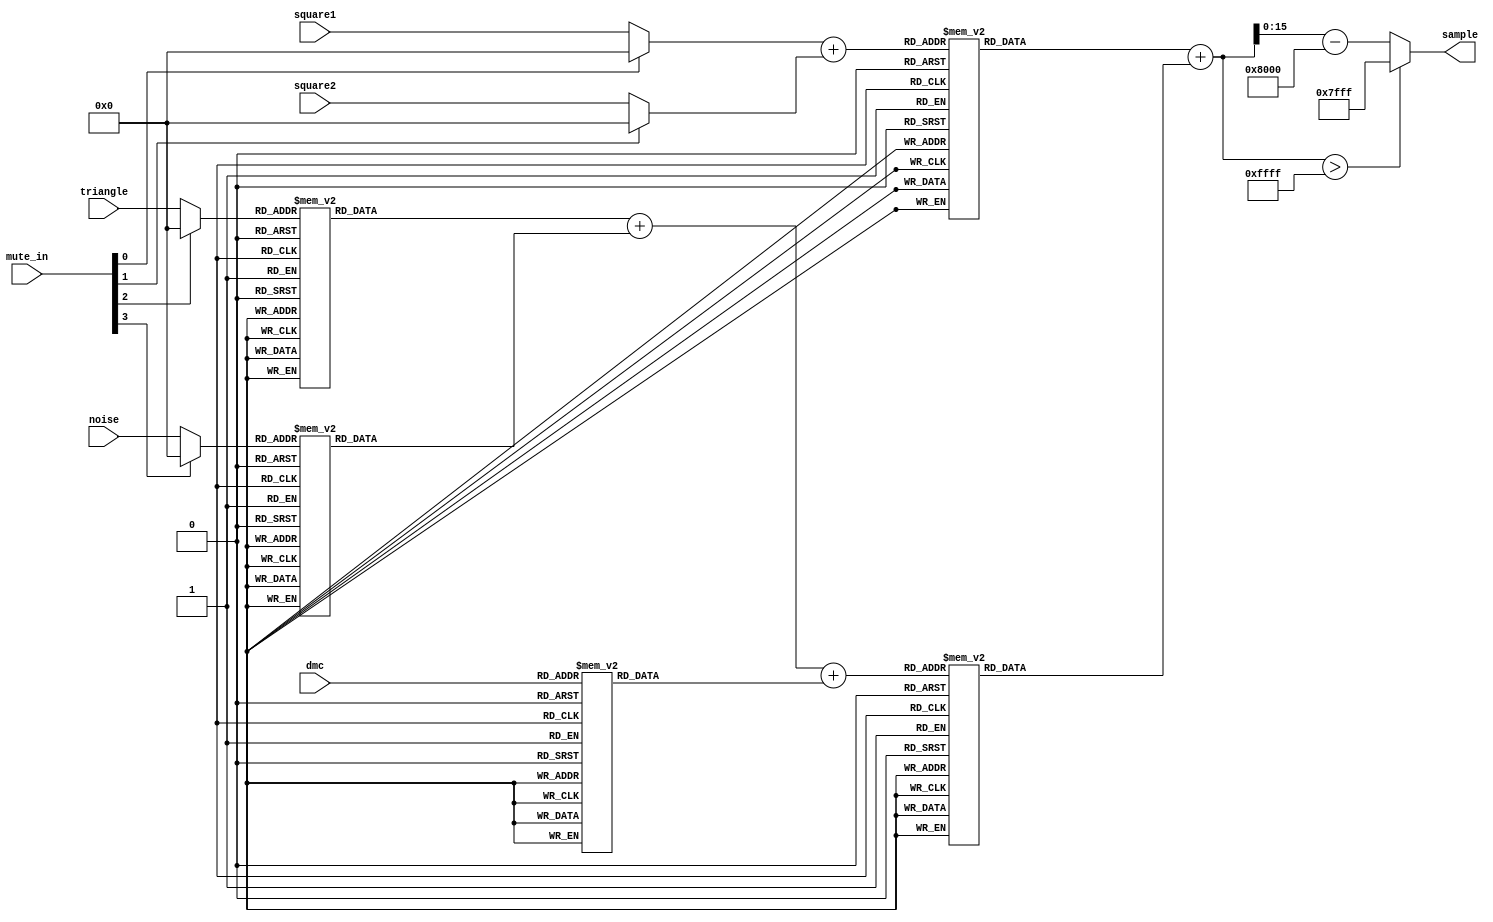
// Based on apu.sv from https://github.com/MiSTer-devel/NES_MiSTer.git

// Copyright (c) 2012-2013 Ludvig Strigeus
// This program is GPL Licensed. See COPYING for the full license.
// Ported to verilog by Skip Hansen, 2019

// http://wiki.nesdev.com/w/index.php/APU_Mixer
// I generated three LUT's for each mix channel entry and one lut for the squares, then a
// 282 entry lut for the mix channel. It's more accurate than the original LUT system listed on
// the NesDev page.

module APUMixer (
  input  wire [3:0] mute_in,      // mute specific channels
  input [3:0] square1,
  input [3:0] square2,
  input [3:0] triangle,
  input [3:0] noise,
  input [6:0] dmc,
  output reg [15:0] sample
);

wire [3:0] square1_m;
wire [3:0] square2_m;
wire [3:0] triangle_m;
wire [3:0] noise_m;
wire [6:0] dmc_m;

assign square1_m = (mute_in[0]) ? 4'h0 : square1;
assign square2_m = (mute_in[1]) ? 4'h0 : square2;
assign triangle_m = (mute_in[2]) ? 4'h0 : triangle;
assign noise_m = (mute_in[3]) ? 4'h0 : noise;

wire [4:0] squares = square1_m + square2_m;

reg [5:0] tri_lookup;
reg [5:0] noise_lookup;
reg [7:0] dmc_lookup;
reg [8:0] mix;
reg [15:0] ch1;
reg [15:0] ch2;
reg [16:0] chan_mix;
reg [16:0] adj_mix;

always @*
  begin
    case (triangle_m)
        5'd0 : tri_lookup = 6'd0;
        5'd1 : tri_lookup = 6'd3;
        5'd2 : tri_lookup = 6'd7;
        5'd3 : tri_lookup = 6'd11;
        5'd4 : tri_lookup = 6'd15;
        5'd5 : tri_lookup = 6'd19;
        5'd6 : tri_lookup = 6'd23;
        5'd7 : tri_lookup = 6'd27;
        5'd8 : tri_lookup = 6'd31;
        5'd9 : tri_lookup = 6'd35;
        5'd10 : tri_lookup = 6'd39;
        5'd11 : tri_lookup = 6'd43;
        5'd12 : tri_lookup = 6'd47;
        5'd13 : tri_lookup = 6'd51;
        5'd14 : tri_lookup = 6'd55;
        5'd15 : tri_lookup = 6'd59;
    endcase

    case (noise_m)
        5'd0 : noise_lookup = 6'd0;
        5'd1 : noise_lookup = 6'd2;
        5'd2 : noise_lookup = 6'd5;
        5'd3 : noise_lookup = 6'd8;
        5'd4 : noise_lookup = 6'd10;
        5'd5 : noise_lookup = 6'd13;
        5'd6 : noise_lookup = 6'd16;
        5'd7 : noise_lookup = 6'd18;
        5'd8 : noise_lookup = 6'd21;
        5'd9 : noise_lookup = 6'd24;
        5'd10 : noise_lookup = 6'd26;
        5'd11 : noise_lookup = 6'd29;
        5'd12 : noise_lookup = 6'd32;
        5'd13 : noise_lookup = 6'd34;
        5'd14 : noise_lookup = 6'd37;
        5'd15 : noise_lookup = 6'd40;
    endcase

    case (dmc)
        8'd0 : dmc_lookup = 8'd0;
        8'd1 : dmc_lookup = 8'd1;
        8'd2 : dmc_lookup = 8'd2;
        8'd3 : dmc_lookup = 8'd4;
        8'd4 : dmc_lookup = 8'd5;
        8'd5 : dmc_lookup = 8'd7;
        8'd6 : dmc_lookup = 8'd8;
        8'd7 : dmc_lookup = 8'd10;
        8'd8 : dmc_lookup = 8'd11;
        8'd9 : dmc_lookup = 8'd13;
        8'd10 : dmc_lookup = 8'd14;
        8'd11 : dmc_lookup = 8'd15;
        8'd12 : dmc_lookup = 8'd17;
        8'd13 : dmc_lookup = 8'd18;
        8'd14 : dmc_lookup = 8'd20;
        8'd15 : dmc_lookup = 8'd21;
        8'd16 : dmc_lookup = 8'd23;
        8'd17 : dmc_lookup = 8'd24;
        8'd18 : dmc_lookup = 8'd26;
        8'd19 : dmc_lookup = 8'd27;
        8'd20 : dmc_lookup = 8'd28;
        8'd21 : dmc_lookup = 8'd30;
        8'd22 : dmc_lookup = 8'd31;
        8'd23 : dmc_lookup = 8'd33;
        8'd24 : dmc_lookup = 8'd34;
        8'd25 : dmc_lookup = 8'd36;
        8'd26 : dmc_lookup = 8'd37;
        8'd27 : dmc_lookup = 8'd39;
        8'd28 : dmc_lookup = 8'd40;
        8'd29 : dmc_lookup = 8'd41;
        8'd30 : dmc_lookup = 8'd43;
        8'd31 : dmc_lookup = 8'd44;
        8'd32 : dmc_lookup = 8'd46;
        8'd33 : dmc_lookup = 8'd47;
        8'd34 : dmc_lookup = 8'd49;
        8'd35 : dmc_lookup = 8'd50;
        8'd36 : dmc_lookup = 8'd52;
        8'd37 : dmc_lookup = 8'd53;
        8'd38 : dmc_lookup = 8'd55;
        8'd39 : dmc_lookup = 8'd56;
        8'd40 : dmc_lookup = 8'd57;
        8'd41 : dmc_lookup = 8'd59;
        8'd42 : dmc_lookup = 8'd60;
        8'd43 : dmc_lookup = 8'd62;
        8'd44 : dmc_lookup = 8'd63;
        8'd45 : dmc_lookup = 8'd65;
        8'd46 : dmc_lookup = 8'd66;
        8'd47 : dmc_lookup = 8'd68;
        8'd48 : dmc_lookup = 8'd69;
        8'd49 : dmc_lookup = 8'd70;
        8'd50 : dmc_lookup = 8'd72;
        8'd51 : dmc_lookup = 8'd73;
        8'd52 : dmc_lookup = 8'd75;
        8'd53 : dmc_lookup = 8'd76;
        8'd54 : dmc_lookup = 8'd78;
        8'd55 : dmc_lookup = 8'd79;
        8'd56 : dmc_lookup = 8'd81;
        8'd57 : dmc_lookup = 8'd82;
        8'd58 : dmc_lookup = 8'd83;
        8'd59 : dmc_lookup = 8'd85;
        8'd60 : dmc_lookup = 8'd86;
        8'd61 : dmc_lookup = 8'd88;
        8'd62 : dmc_lookup = 8'd89;
        8'd63 : dmc_lookup = 8'd91;
        8'd64 : dmc_lookup = 8'd92;
        8'd65 : dmc_lookup = 8'd94;
        8'd66 : dmc_lookup = 8'd95;
        8'd67 : dmc_lookup = 8'd96;
        8'd68 : dmc_lookup = 8'd98;
        8'd69 : dmc_lookup = 8'd99;
        8'd70 : dmc_lookup = 8'd101;
        8'd71 : dmc_lookup = 8'd102;
        8'd72 : dmc_lookup = 8'd104;
        8'd73 : dmc_lookup = 8'd105;
        8'd74 : dmc_lookup = 8'd107;
        8'd75 : dmc_lookup = 8'd108;
        8'd76 : dmc_lookup = 8'd110;
        8'd77 : dmc_lookup = 8'd111;
        8'd78 : dmc_lookup = 8'd112;
        8'd79 : dmc_lookup = 8'd114;
        8'd80 : dmc_lookup = 8'd115;
        8'd81 : dmc_lookup = 8'd117;
        8'd82 : dmc_lookup = 8'd118;
        8'd83 : dmc_lookup = 8'd120;
        8'd84 : dmc_lookup = 8'd121;
        8'd85 : dmc_lookup = 8'd123;
        8'd86 : dmc_lookup = 8'd124;
        8'd87 : dmc_lookup = 8'd125;
        8'd88 : dmc_lookup = 8'd127;
        8'd89 : dmc_lookup = 8'd128;
        8'd90 : dmc_lookup = 8'd130;
        8'd91 : dmc_lookup = 8'd131;
        8'd92 : dmc_lookup = 8'd133;
        8'd93 : dmc_lookup = 8'd134;
        8'd94 : dmc_lookup = 8'd136;
        8'd95 : dmc_lookup = 8'd137;
        8'd96 : dmc_lookup = 8'd138;
        8'd97 : dmc_lookup = 8'd140;
        8'd98 : dmc_lookup = 8'd141;
        8'd99 : dmc_lookup = 8'd143;
        8'd100 : dmc_lookup = 8'd144;
        8'd101 : dmc_lookup = 8'd146;
        8'd102 : dmc_lookup = 8'd147;
        8'd103 : dmc_lookup = 8'd149;
        8'd104 : dmc_lookup = 8'd150;
        8'd105 : dmc_lookup = 8'd151;
        8'd106 : dmc_lookup = 8'd153;
        8'd107 : dmc_lookup = 8'd154;
        8'd108 : dmc_lookup = 8'd156;
        8'd109 : dmc_lookup = 8'd157;
        8'd110 : dmc_lookup = 8'd159;
        8'd111 : dmc_lookup = 8'd160;
        8'd112 : dmc_lookup = 8'd162;
        8'd113 : dmc_lookup = 8'd163;
        8'd114 : dmc_lookup = 8'd165;
        8'd115 : dmc_lookup = 8'd166;
        8'd116 : dmc_lookup = 8'd167;
        8'd117 : dmc_lookup = 8'd169;
        8'd118 : dmc_lookup = 8'd170;
        8'd119 : dmc_lookup = 8'd172;
        8'd120 : dmc_lookup = 8'd173;
        8'd121 : dmc_lookup = 8'd175;
        8'd122 : dmc_lookup = 8'd176;
        8'd123 : dmc_lookup = 8'd178;
        8'd124 : dmc_lookup = 8'd179;
        8'd125 : dmc_lookup = 8'd180;
        8'd126 : dmc_lookup = 8'd182;
        8'd127 : dmc_lookup = 8'd183;
    endcase

    mix = tri_lookup + noise_lookup + dmc_lookup;

    // wire [15:0] ch1 = pulse_lut[squares];
    case (squares)
        6'd0 : ch1 = 16'd0;
        6'd1 : ch1 = 16'd763;
        6'd2 : ch1 = 16'd1509;
        6'd3 : ch1 = 16'd2236;
        6'd4 : ch1 = 16'd2947;
        6'd5 : ch1 = 16'd3641;
        6'd6 : ch1 = 16'd4319;
        6'd7 : ch1 = 16'd4982;
        6'd8 : ch1 = 16'd5630;
        6'd9 : ch1 = 16'd6264;
        6'd10 : ch1 = 16'd6883;
        6'd11 : ch1 = 16'd7490;
        6'd12 : ch1 = 16'd8083;
        6'd13 : ch1 = 16'd8664;
        6'd14 : ch1 = 16'd9232;
        6'd15 : ch1 = 16'd9789;
        6'd16 : ch1 = 16'd10334;
        6'd17 : ch1 = 16'd10868;
        6'd18 : ch1 = 16'd11392;
        6'd19 : ch1 = 16'd11905;
        6'd20 : ch1 = 16'd12408;
        6'd21 : ch1 = 16'd12901;
        6'd22 : ch1 = 16'd13384;
        6'd23 : ch1 = 16'd13858;
        6'd24 : ch1 = 16'd14324;
        6'd25 : ch1 = 16'd14780;
        6'd26 : ch1 = 16'd15228;
        6'd27 : ch1 = 16'd15668;
        6'd28 : ch1 = 16'd16099;
        6'd29 : ch1 = 16'd16523;
        6'd30 : ch1 = 16'd16939;
        6'd31 : ch1 = 16'd17348;
    endcase


    // wire [15:0] ch2 = mix_lut[mix];
    case (mix)
        10'd0 : ch2 = 16'd0;
        10'd1 : ch2 = 16'd318;
        10'd2 : ch2 = 16'd635;
        10'd3 : ch2 = 16'd950;
        10'd4 : ch2 = 16'd1262;
        10'd5 : ch2 = 16'd1573;
        10'd6 : ch2 = 16'd1882;
        10'd7 : ch2 = 16'd2190;
        10'd8 : ch2 = 16'd2495;
        10'd9 : ch2 = 16'd2799;
        10'd10 : ch2 = 16'd3101;
        10'd11 : ch2 = 16'd3401;
        10'd12 : ch2 = 16'd3699;
        10'd13 : ch2 = 16'd3995;
        10'd14 : ch2 = 16'd4290;
        10'd15 : ch2 = 16'd4583;
        10'd16 : ch2 = 16'd4875;
        10'd17 : ch2 = 16'd5164;
        10'd18 : ch2 = 16'd5452;
        10'd19 : ch2 = 16'd5739;
        10'd20 : ch2 = 16'd6023;
        10'd21 : ch2 = 16'd6306;
        10'd22 : ch2 = 16'd6588;
        10'd23 : ch2 = 16'd6868;
        10'd24 : ch2 = 16'd7146;
        10'd25 : ch2 = 16'd7423;
        10'd26 : ch2 = 16'd7698;
        10'd27 : ch2 = 16'd7971;
        10'd28 : ch2 = 16'd8243;
        10'd29 : ch2 = 16'd8514;
        10'd30 : ch2 = 16'd8783;
        10'd31 : ch2 = 16'd9050;
        10'd32 : ch2 = 16'd9316;
        10'd33 : ch2 = 16'd9581;
        10'd34 : ch2 = 16'd9844;
        10'd35 : ch2 = 16'd10105;
        10'd36 : ch2 = 16'd10365;
        10'd37 : ch2 = 16'd10624;
        10'd38 : ch2 = 16'd10881;
        10'd39 : ch2 = 16'd11137;
        10'd40 : ch2 = 16'd11392;
        10'd41 : ch2 = 16'd11645;
        10'd42 : ch2 = 16'd11897;
        10'd43 : ch2 = 16'd12147;
        10'd44 : ch2 = 16'd12396;
        10'd45 : ch2 = 16'd12644;
        10'd46 : ch2 = 16'd12890;
        10'd47 : ch2 = 16'd13135;
        10'd48 : ch2 = 16'd13379;
        10'd49 : ch2 = 16'd13622;
        10'd50 : ch2 = 16'd13863;
        10'd51 : ch2 = 16'd14103;
        10'd52 : ch2 = 16'd14341;
        10'd53 : ch2 = 16'd14579;
        10'd54 : ch2 = 16'd14815;
        10'd55 : ch2 = 16'd15050;
        10'd56 : ch2 = 16'd15284;
        10'd57 : ch2 = 16'd15516;
        10'd58 : ch2 = 16'd15747;
        10'd59 : ch2 = 16'd15978;
        10'd60 : ch2 = 16'd16206;
        10'd61 : ch2 = 16'd16434;
        10'd62 : ch2 = 16'd16661;
        10'd63 : ch2 = 16'd16886;
        10'd64 : ch2 = 16'd17110;
        10'd65 : ch2 = 16'd17333;
        10'd66 : ch2 = 16'd17555;
        10'd67 : ch2 = 16'd17776;
        10'd68 : ch2 = 16'd17996;
        10'd69 : ch2 = 16'd18215;
        10'd70 : ch2 = 16'd18432;
        10'd71 : ch2 = 16'd18649;
        10'd72 : ch2 = 16'd18864;
        10'd73 : ch2 = 16'd19078;
        10'd74 : ch2 = 16'd19291;
        10'd75 : ch2 = 16'd19504;
        10'd76 : ch2 = 16'd19715;
        10'd77 : ch2 = 16'd19925;
        10'd78 : ch2 = 16'd20134;
        10'd79 : ch2 = 16'd20342;
        10'd80 : ch2 = 16'd20549;
        10'd81 : ch2 = 16'd20755;
        10'd82 : ch2 = 16'd20960;
        10'd83 : ch2 = 16'd21163;
        10'd84 : ch2 = 16'd21366;
        10'd85 : ch2 = 16'd21568;
        10'd86 : ch2 = 16'd21769;
        10'd87 : ch2 = 16'd21969;
        10'd88 : ch2 = 16'd22169;
        10'd89 : ch2 = 16'd22367;
        10'd90 : ch2 = 16'd22564;
        10'd91 : ch2 = 16'd22760;
        10'd92 : ch2 = 16'd22955;
        10'd93 : ch2 = 16'd23150;
        10'd94 : ch2 = 16'd23343;
        10'd95 : ch2 = 16'd23536;
        10'd96 : ch2 = 16'd23727;
        10'd97 : ch2 = 16'd23918;
        10'd98 : ch2 = 16'd24108;
        10'd99 : ch2 = 16'd24297;
        10'd100 : ch2 = 16'd24485;
        10'd101 : ch2 = 16'd24672;
        10'd102 : ch2 = 16'd24858;
        10'd103 : ch2 = 16'd25044;
        10'd104 : ch2 = 16'd25228;
        10'd105 : ch2 = 16'd25412;
        10'd106 : ch2 = 16'd25595;
        10'd107 : ch2 = 16'd25777;
        10'd108 : ch2 = 16'd25958;
        10'd109 : ch2 = 16'd26138;
        10'd110 : ch2 = 16'd26318;
        10'd111 : ch2 = 16'd26497;
        10'd112 : ch2 = 16'd26674;
        10'd113 : ch2 = 16'd26852;
        10'd114 : ch2 = 16'd27028;
        10'd115 : ch2 = 16'd27203;
        10'd116 : ch2 = 16'd27378;
        10'd117 : ch2 = 16'd27552;
        10'd118 : ch2 = 16'd27725;
        10'd119 : ch2 = 16'd27898;
        10'd120 : ch2 = 16'd28069;
        10'd121 : ch2 = 16'd28240;
        10'd122 : ch2 = 16'd28410;
        10'd123 : ch2 = 16'd28579;
        10'd124 : ch2 = 16'd28748;
        10'd125 : ch2 = 16'd28916;
        10'd126 : ch2 = 16'd29083;
        10'd127 : ch2 = 16'd29249;
        10'd128 : ch2 = 16'd29415;
        10'd129 : ch2 = 16'd29580;
        10'd130 : ch2 = 16'd29744;
        10'd131 : ch2 = 16'd29907;
        10'd132 : ch2 = 16'd30070;
        10'd133 : ch2 = 16'd30232;
        10'd134 : ch2 = 16'd30393;
        10'd135 : ch2 = 16'd30554;
        10'd136 : ch2 = 16'd30714;
        10'd137 : ch2 = 16'd30873;
        10'd138 : ch2 = 16'd31032;
        10'd139 : ch2 = 16'd31190;
        10'd140 : ch2 = 16'd31347;
        10'd141 : ch2 = 16'd31503;
        10'd142 : ch2 = 16'd31659;
        10'd143 : ch2 = 16'd31815;
        10'd144 : ch2 = 16'd31969;
        10'd145 : ch2 = 16'd32123;
        10'd146 : ch2 = 16'd32276;
        10'd147 : ch2 = 16'd32429;
        10'd148 : ch2 = 16'd32581;
        10'd149 : ch2 = 16'd32732;
        10'd150 : ch2 = 16'd32883;
        10'd151 : ch2 = 16'd33033;
        10'd152 : ch2 = 16'd33182;
        10'd153 : ch2 = 16'd33331;
        10'd154 : ch2 = 16'd33479;
        10'd155 : ch2 = 16'd33627;
        10'd156 : ch2 = 16'd33774;
        10'd157 : ch2 = 16'd33920;
        10'd158 : ch2 = 16'd34066;
        10'd159 : ch2 = 16'd34211;
        10'd160 : ch2 = 16'd34356;
        10'd161 : ch2 = 16'd34500;
        10'd162 : ch2 = 16'd34643;
        10'd163 : ch2 = 16'd34786;
        10'd164 : ch2 = 16'd34928;
        10'd165 : ch2 = 16'd35070;
        10'd166 : ch2 = 16'd35211;
        10'd167 : ch2 = 16'd35352;
        10'd168 : ch2 = 16'd35492;
        10'd169 : ch2 = 16'd35631;
        10'd170 : ch2 = 16'd35770;
        10'd171 : ch2 = 16'd35908;
        10'd172 : ch2 = 16'd36046;
        10'd173 : ch2 = 16'd36183;
        10'd174 : ch2 = 16'd36319;
        10'd175 : ch2 = 16'd36456;
        10'd176 : ch2 = 16'd36591;
        10'd177 : ch2 = 16'd36726;
        10'd178 : ch2 = 16'd36860;
        10'd179 : ch2 = 16'd36994;
        10'd180 : ch2 = 16'd37128;
        10'd181 : ch2 = 16'd37261;
        10'd182 : ch2 = 16'd37393;
        10'd183 : ch2 = 16'd37525;
        10'd184 : ch2 = 16'd37656;
        10'd185 : ch2 = 16'd37787;
        10'd186 : ch2 = 16'd37917;
        10'd187 : ch2 = 16'd38047;
        10'd188 : ch2 = 16'd38176;
        10'd189 : ch2 = 16'd38305;
        10'd190 : ch2 = 16'd38433;
        10'd191 : ch2 = 16'd38561;
        10'd192 : ch2 = 16'd38689;
        10'd193 : ch2 = 16'd38815;
        10'd194 : ch2 = 16'd38942;
        10'd195 : ch2 = 16'd39068;
        10'd196 : ch2 = 16'd39193;
        10'd197 : ch2 = 16'd39318;
        10'd198 : ch2 = 16'd39442;
        10'd199 : ch2 = 16'd39566;
        10'd200 : ch2 = 16'd39690;
        10'd201 : ch2 = 16'd39813;
        10'd202 : ch2 = 16'd39935;
        10'd203 : ch2 = 16'd40057;
        10'd204 : ch2 = 16'd40179;
        10'd205 : ch2 = 16'd40300;
        10'd206 : ch2 = 16'd40421;
        10'd207 : ch2 = 16'd40541;
        10'd208 : ch2 = 16'd40661;
        10'd209 : ch2 = 16'd40780;
        10'd210 : ch2 = 16'd40899;
        10'd211 : ch2 = 16'd41017;
        10'd212 : ch2 = 16'd41136;
        10'd213 : ch2 = 16'd41253;
        10'd214 : ch2 = 16'd41370;
        10'd215 : ch2 = 16'd41487;
        10'd216 : ch2 = 16'd41603;
        10'd217 : ch2 = 16'd41719;
        10'd218 : ch2 = 16'd41835;
        10'd219 : ch2 = 16'd41950;
        10'd220 : ch2 = 16'd42064;
        10'd221 : ch2 = 16'd42178;
        10'd222 : ch2 = 16'd42292;
        10'd223 : ch2 = 16'd42406;
        10'd224 : ch2 = 16'd42519;
        10'd225 : ch2 = 16'd42631;
        10'd226 : ch2 = 16'd42743;
        10'd227 : ch2 = 16'd42855;
        10'd228 : ch2 = 16'd42966;
        10'd229 : ch2 = 16'd43077;
        10'd230 : ch2 = 16'd43188;
        10'd231 : ch2 = 16'd43298;
        10'd232 : ch2 = 16'd43408;
        10'd233 : ch2 = 16'd43517;
        10'd234 : ch2 = 16'd43626;
        10'd235 : ch2 = 16'd43735;
        10'd236 : ch2 = 16'd43843;
        10'd237 : ch2 = 16'd43951;
        10'd238 : ch2 = 16'd44058;
        10'd239 : ch2 = 16'd44165;
        10'd240 : ch2 = 16'd44272;
        10'd241 : ch2 = 16'd44378;
        10'd242 : ch2 = 16'd44484;
        10'd243 : ch2 = 16'd44589;
        10'd244 : ch2 = 16'd44695;
        10'd245 : ch2 = 16'd44799;
        10'd246 : ch2 = 16'd44904;
        10'd247 : ch2 = 16'd45008;
        10'd248 : ch2 = 16'd45112;
        10'd249 : ch2 = 16'd45215;
        10'd250 : ch2 = 16'd45318;
        10'd251 : ch2 = 16'd45421;
        10'd252 : ch2 = 16'd45523;
        10'd253 : ch2 = 16'd45625;
        10'd254 : ch2 = 16'd45726;
        10'd255 : ch2 = 16'd45828;
        10'd256 : ch2 = 16'd45929;
        10'd257 : ch2 = 16'd46029;
        10'd258 : ch2 = 16'd46129;
        10'd259 : ch2 = 16'd46229;
        10'd260 : ch2 = 16'd46329;
        10'd261 : ch2 = 16'd46428;
        10'd262 : ch2 = 16'd46527;
        10'd263 : ch2 = 16'd46625;
        10'd264 : ch2 = 16'd46723;
        10'd265 : ch2 = 16'd46821;
        10'd266 : ch2 = 16'd46919;
        10'd267 : ch2 = 16'd47016;
        10'd268 : ch2 = 16'd47113;
        10'd269 : ch2 = 16'd47209;
        10'd270 : ch2 = 16'd47306;
        10'd271 : ch2 = 16'd47402;
        10'd272 : ch2 = 16'd47497;
        10'd273 : ch2 = 16'd47592;
        10'd274 : ch2 = 16'd47687;
        10'd275 : ch2 = 16'd47782;
        10'd276 : ch2 = 16'd47876;
        10'd277 : ch2 = 16'd47970;
        10'd278 : ch2 = 16'd48064;
        10'd279 : ch2 = 16'd48157;
        10'd280 : ch2 = 16'd48250;
        10'd281 : ch2 = 16'd48343;
        10'd282 : ch2 = 16'd48436;
        default : ch2 = 0;
    endcase

    chan_mix = ch1 + ch2;

    if(chan_mix > 16'hFFFF)
        sample = 16'h7fff;
    else
        sample = chan_mix[15:0] - 16'd32768;

  end

endmodule